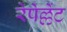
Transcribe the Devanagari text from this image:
रेपेल्लेंट